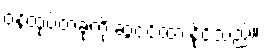
ဝန်ထုပ်တခုကို ဆွဲငင်ထားနိုင်သည်။